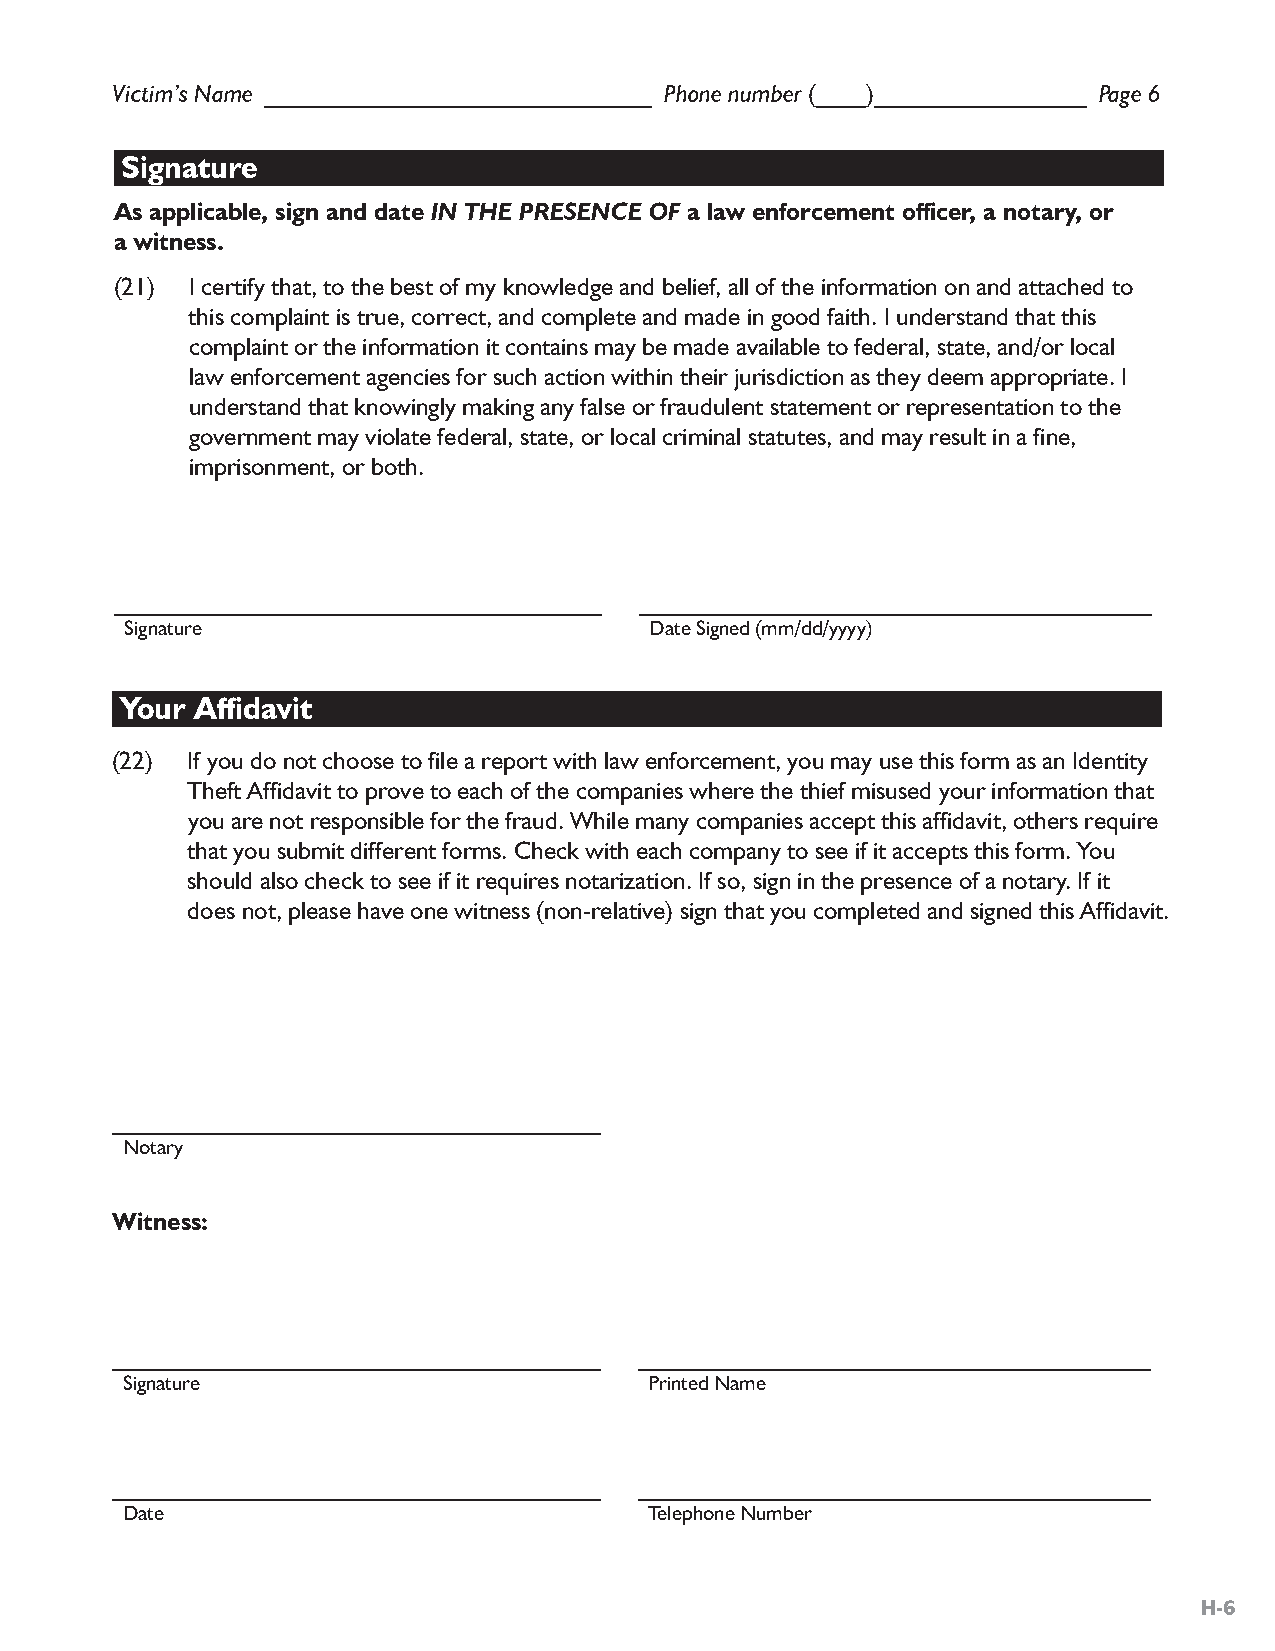
Victim’s Name _______________________________ Phone number (____)_________________ Page 6
 Signature
 As applicable, sign and date IN THE PRESENCE OF a law enforcement officer, a notary, or
 a witness.
 (21) I certify that, to the best of my knowledge and belief, all of the information on and attached to
 this complaint is true, correct, and complete and made in good faith. I understand that this
 complaint or the information it contains may be made available to federal, state, and/or local
 law enforcement agencies for such action within their jurisdiction as they deem appropriate. I
 understand that knowingly making any false or fraudulent statement or representation to the
 government may violate federal, state, or local criminal statutes, and may result in a fine,
 imprisonment, or both.
 _______________________________________ _________________________________________
 Signature                          Date Signed (mm/dd/yyyy)
 Your Affidavit
 (22) If you do not choose to file a report with law enforcement, you may use this form as an Identity
 Theft Affidavit to prove to each of the companies where the thief misused your information that
 you are not responsible for the fraud. While many companies accept this affidavit, others require
 that you submit different forms. Check with each company to see if it accepts this form. You
 should also check to see if it requires notarization. If so, sign in the presence of a notary. If it
 does not, please have one witness (non-relative) sign that you completed and signed this Affidavit.
 _______________________________________
 Notary
 Witness:
 _______________________________________ _________________________________________
 Signature                          Printed Name
 _______________________________________ _________________________________________
 Date                               Telephone Number
 H-6